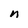
Character: n